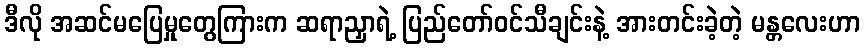
ဒီလို အဆင်မပြေမှုတွေကြားက ဆရာညှာရဲ့ ပြည်တော်ဝင်သီချင်းနဲ့ အားတင်းခဲ့တဲ့ မန္တလေးဟာ